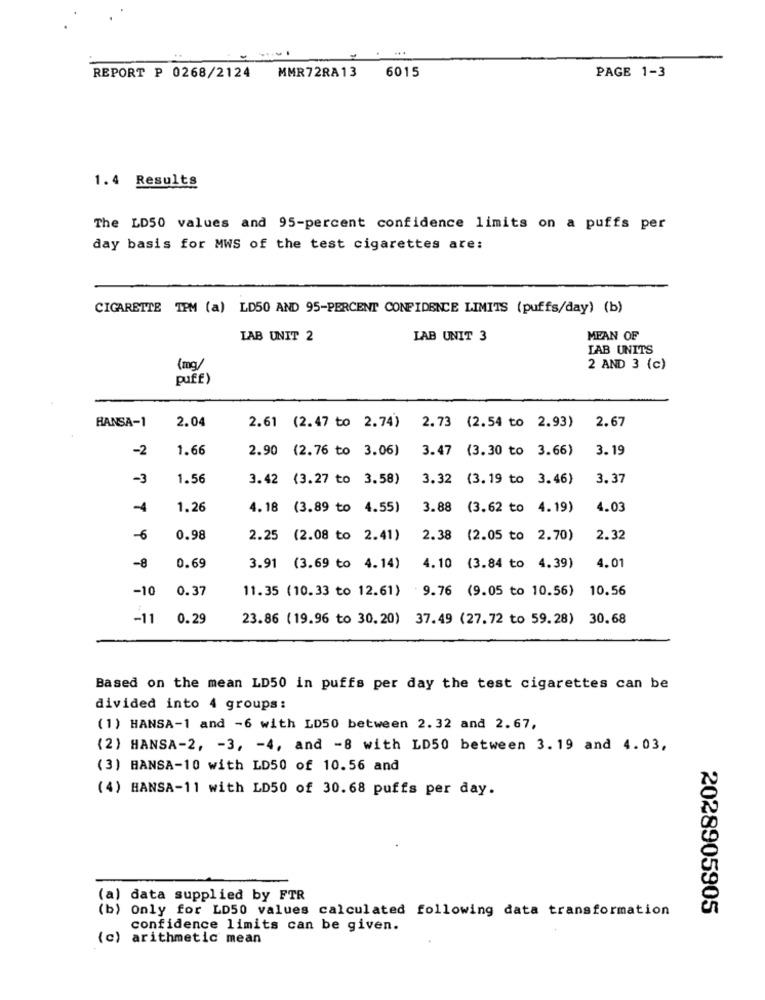
6015
REPORT P 0268/2124 MMR72RA13
PAGE 1-3
1.4 Results
The LD50 values and 95-percent confidence limits on a puffs per
day basis for MWS of the test cigarettes are:
CIGARETTE TPM (a) LD50 AND 95-PERCENT CONFIDENCE LIMITS (puffs/day) (b)
LAB UNIT 2
LAB UNIT 3
MEAN OF
LAB UNITS
(mg)
2 AND 3 (c)
puff)
2.04
HANSA-1
2.61 (2.47 to 2.74)
2.73 (2.54 to 2.93)
2.67
-2
1.66
2.90 (2.76 to 3.06)
3.47 (3.30 to 3.66)
3. 19
-3
1.56
3.42 (3.27 to 3.58)
3.32 (3.19 to 3.46)
3.37
-4
1.26
4.18 (3.89 to 4.55)
3.88 (3.62 to 4.19)
4.03
-6
0.98
2.25 (2.08 to 2.41)
2.38 (2.05 to 2.70)
2.32
-8
0.69
3.91 (3.69 to 4.14)
4.10
(3.84 to 4.39)
4.01
-10
0.37
11.35 (10.33 to 12.61) 9.76 (9.05 to 10.56)
10.56
-11
0.29
23.86 (19.96 to 30.20)
37.49 (27.72 to 59.28) 30.68
Based on the mean LD50 in puffs per day the test cigarettes can be
divided into 4 groups:
(1) HANSA-1 and -6 with LD50 between 2.32 and 2.67,
(2) HANSA-2, - 3, - 4, and -8 with LD50 between 3.19 and 4.03,
(3) HANSA-10 with LD50 of 10.56 and
(4) HANSA-11 with LD50 of 30.68 puffs per day.
(a) data supplied by FTR
(b) Only for LD50 values calculated following data transformation
2028905905
confidence limits can be given.
(c) arithmetic mean